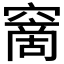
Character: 𥧮